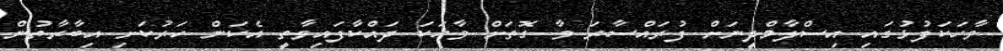
ވާހަކަފުޅުގައި އިސްލާމްދީނަށް ފުރައްސާރަ ވާ ގޮތަށް ވާހަކަ ދައްކާފައިވާތީ އެކަން ހަރުކަށި އިބާރާތުން